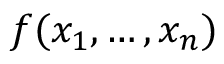
f ( x _ { 1 } , \ldots , x _ { n } )